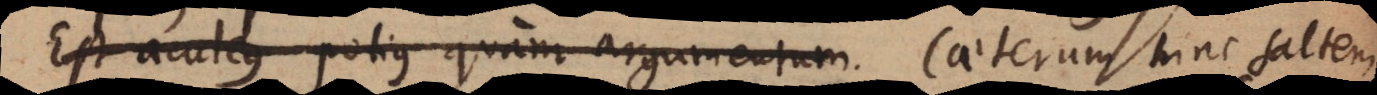
Est aculeus potius quam argumentum Caeterum hinc saltem